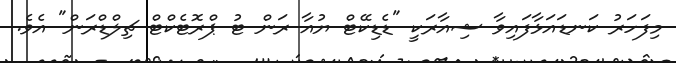
މިފަހަރު ކަނޑައަޅާފައިވާ ޝިއާރަކީ "ޑެޑިކޭޓް ޔުއާ ރަން ޓު ޕްރޮޓެކްޓް ޗިލްޑްރަން" އެވެ.